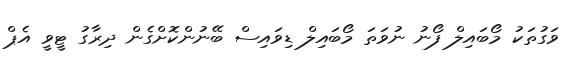
ވަގުތަކު މޯބައިލް ފޯނު ނުވަތަ މޯބައިލް ޑިވައިސް ބޭނުންކޮށްގެން ދިރާގު ޓީވީ އެޕް